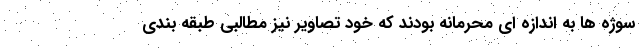
سوژه ها به اندازه ای محرمانه بودند که خود تصاویر نیز مطالبی طبقه بندی